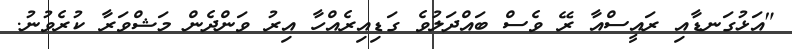
"އަޅުގަނޑާއި ރައީސްއާ ރޭ ވެސް ބައްދަލުވެ ގަޑިއިރެއްހާ އިރު ވަންދެން މަޝްވަރާ ކުރެވުނު.